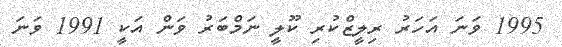
1995 ވަނަ އަހަރު ރިލީޒްކުރި ކޫލީ ނަމްބަރު ވަން އަކީ 1991 ވަނަ